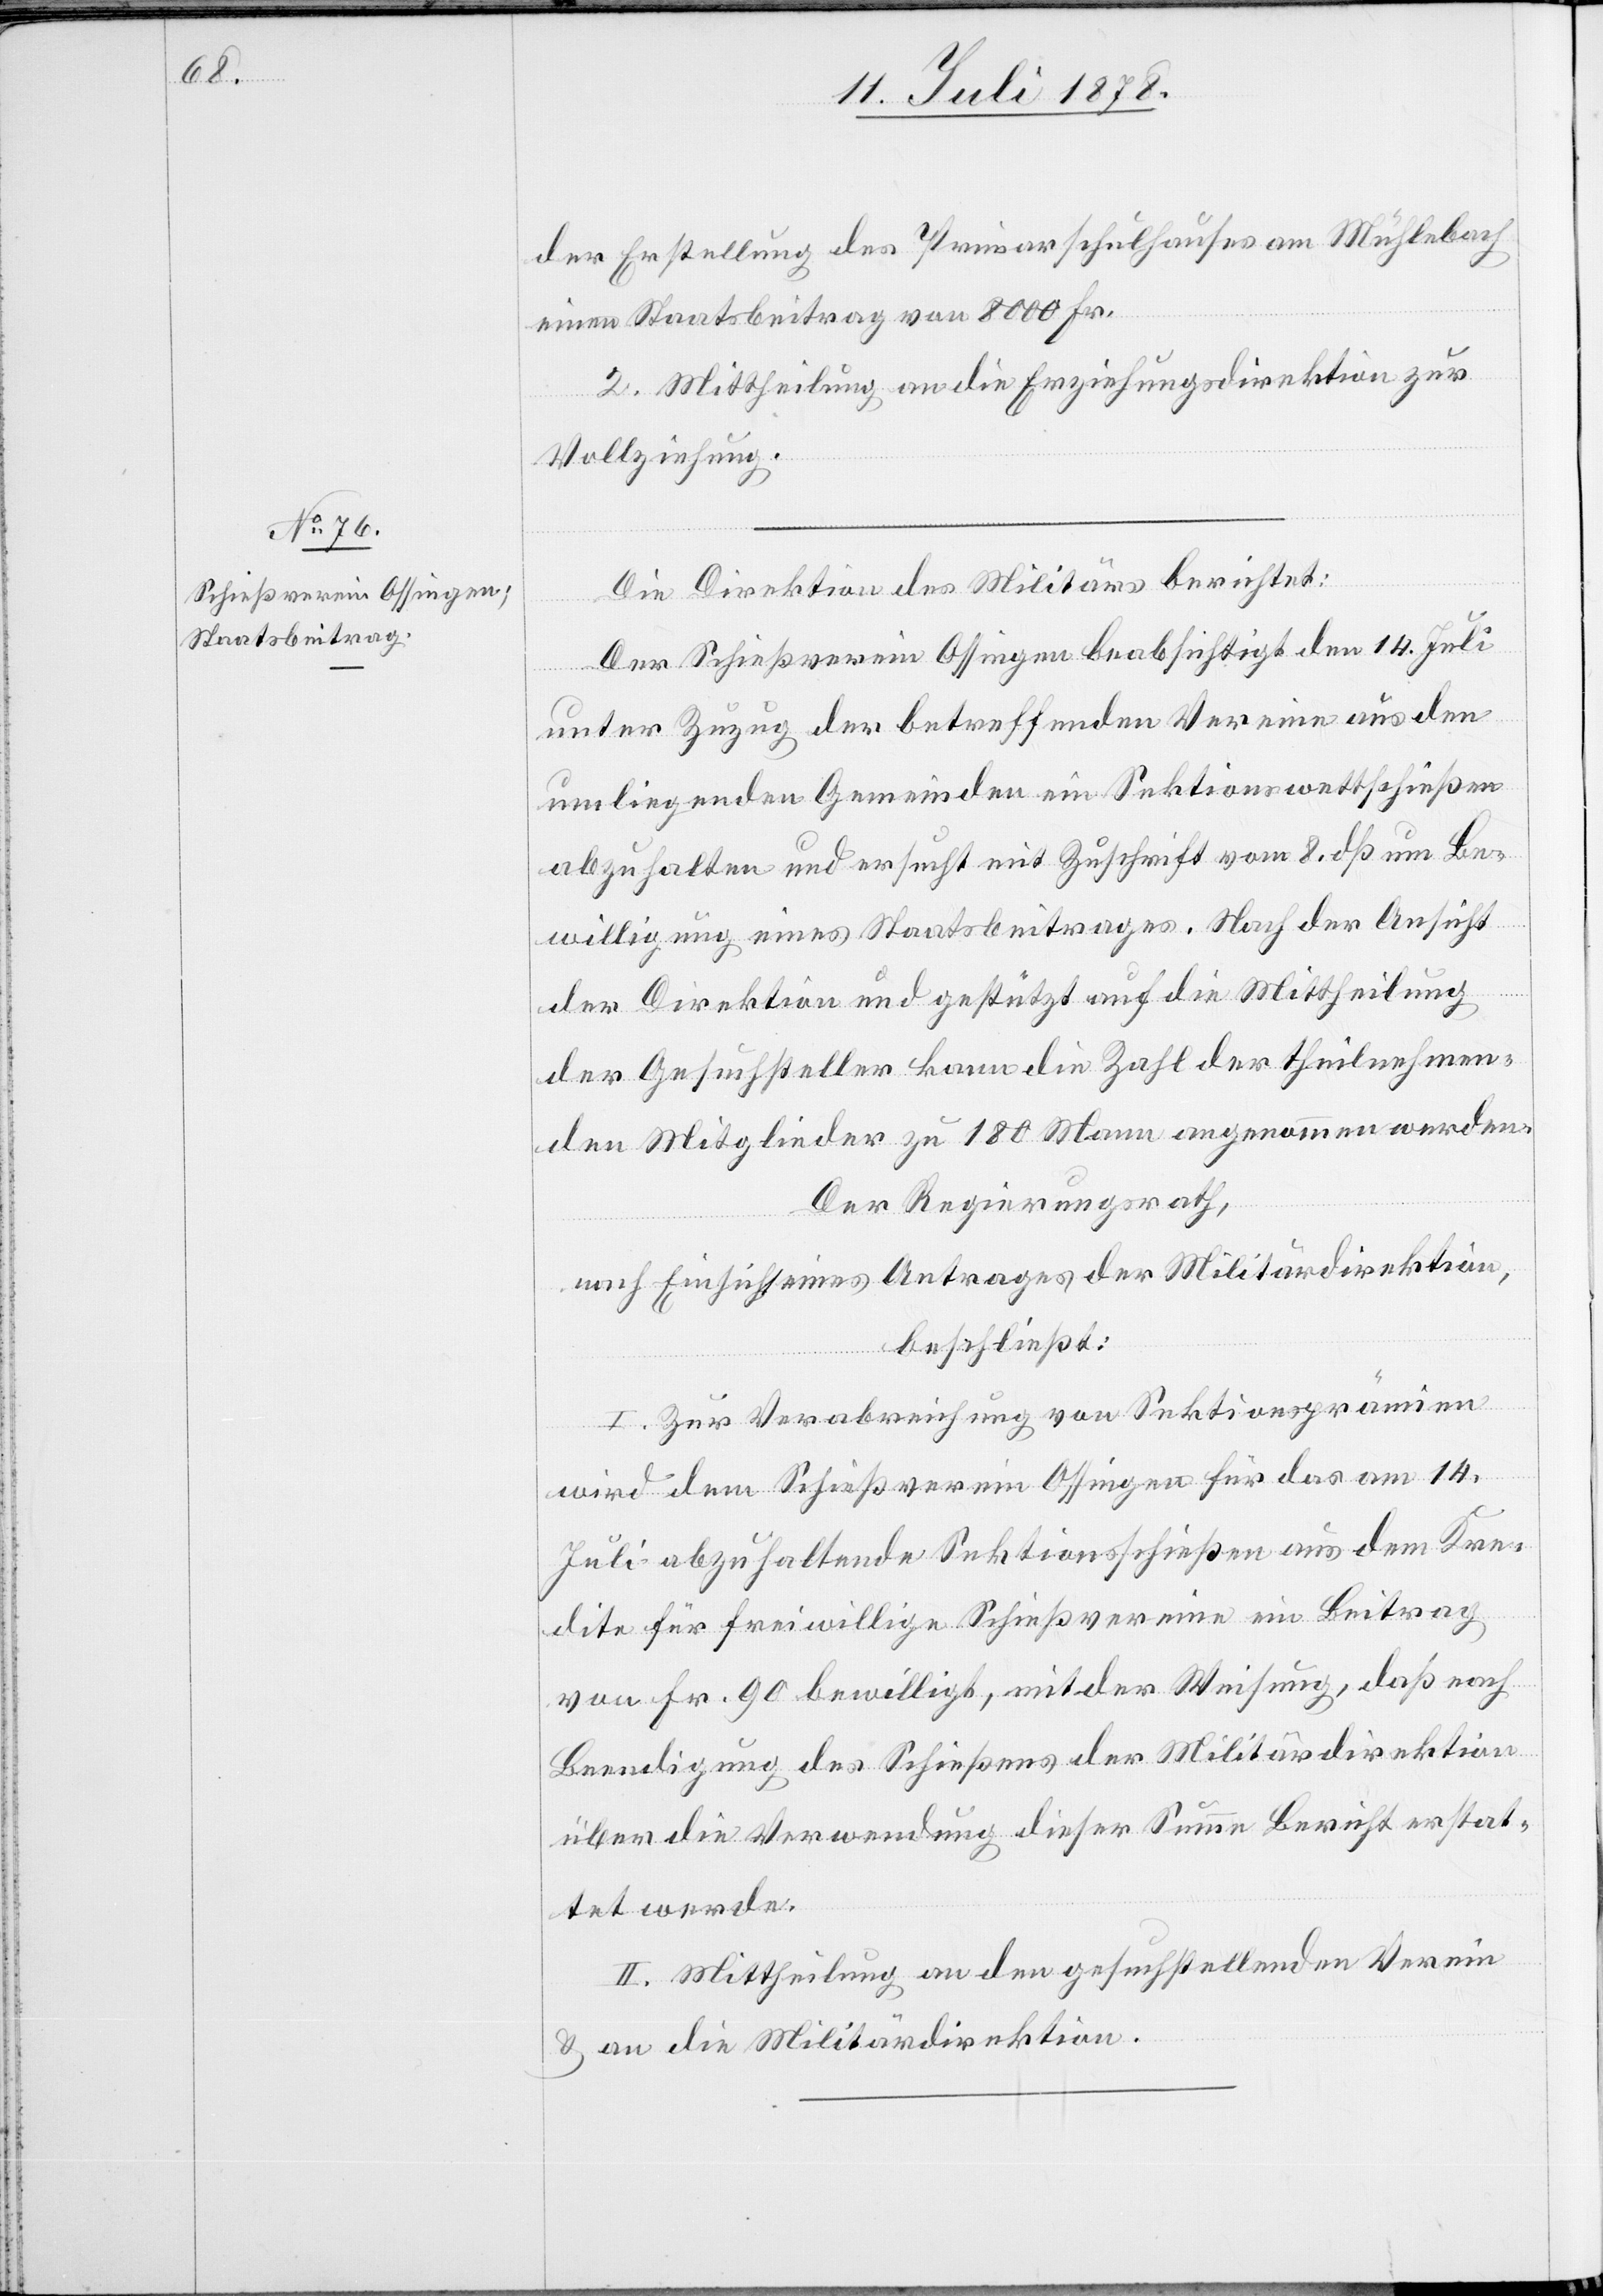
der Erstellung des Primarschulhauses am Mühlebach
einen Staatsbeitrag von 8000 Fr.
2. Mittheilung an die Erziehungsdirektion zur
Vollziehung.
Die Direktion des Militärs berichtet:
Der Schießverein Ossingen beabsichtigt den 14. Juli
unter Zuzug der betreffenden Vereine aus den
umliegenden Gemeinden ein Sektionswettschießen
abzuhalten und ersucht mit Zuschrift vom 8. dß um Be¬
willigung eines Staatsbeitrages. Nach der Ansicht
der Direktion und gestützt auf die Mittheilung
der Gesuchsteller kann die Zahl der theilnehmen¬
den Mitglieder zu 180 Mann angenommen werden.
Der Regierungsrath,
nach Einsicht eines Antrages der Militärdirektion,
beschließt:
I. Zur Verabreichung von Sektionsprämien
wird dem Schießverein Ossingen für das am 14.
Juli abzuhaltende Sektionsschießen aus dem Kre¬
dite für freiwillige Schießvereine ein Beitrag
von Fr. 90 bewilligt, mit der Weisung, daß nach
Beendigung des Schießens der Militärdirektion
über die Verwendung dieser Summe Bericht erstat¬
tet werde.
II. Mittheilung an den gesuchstellenden Verein
& an die Militärdirektion.